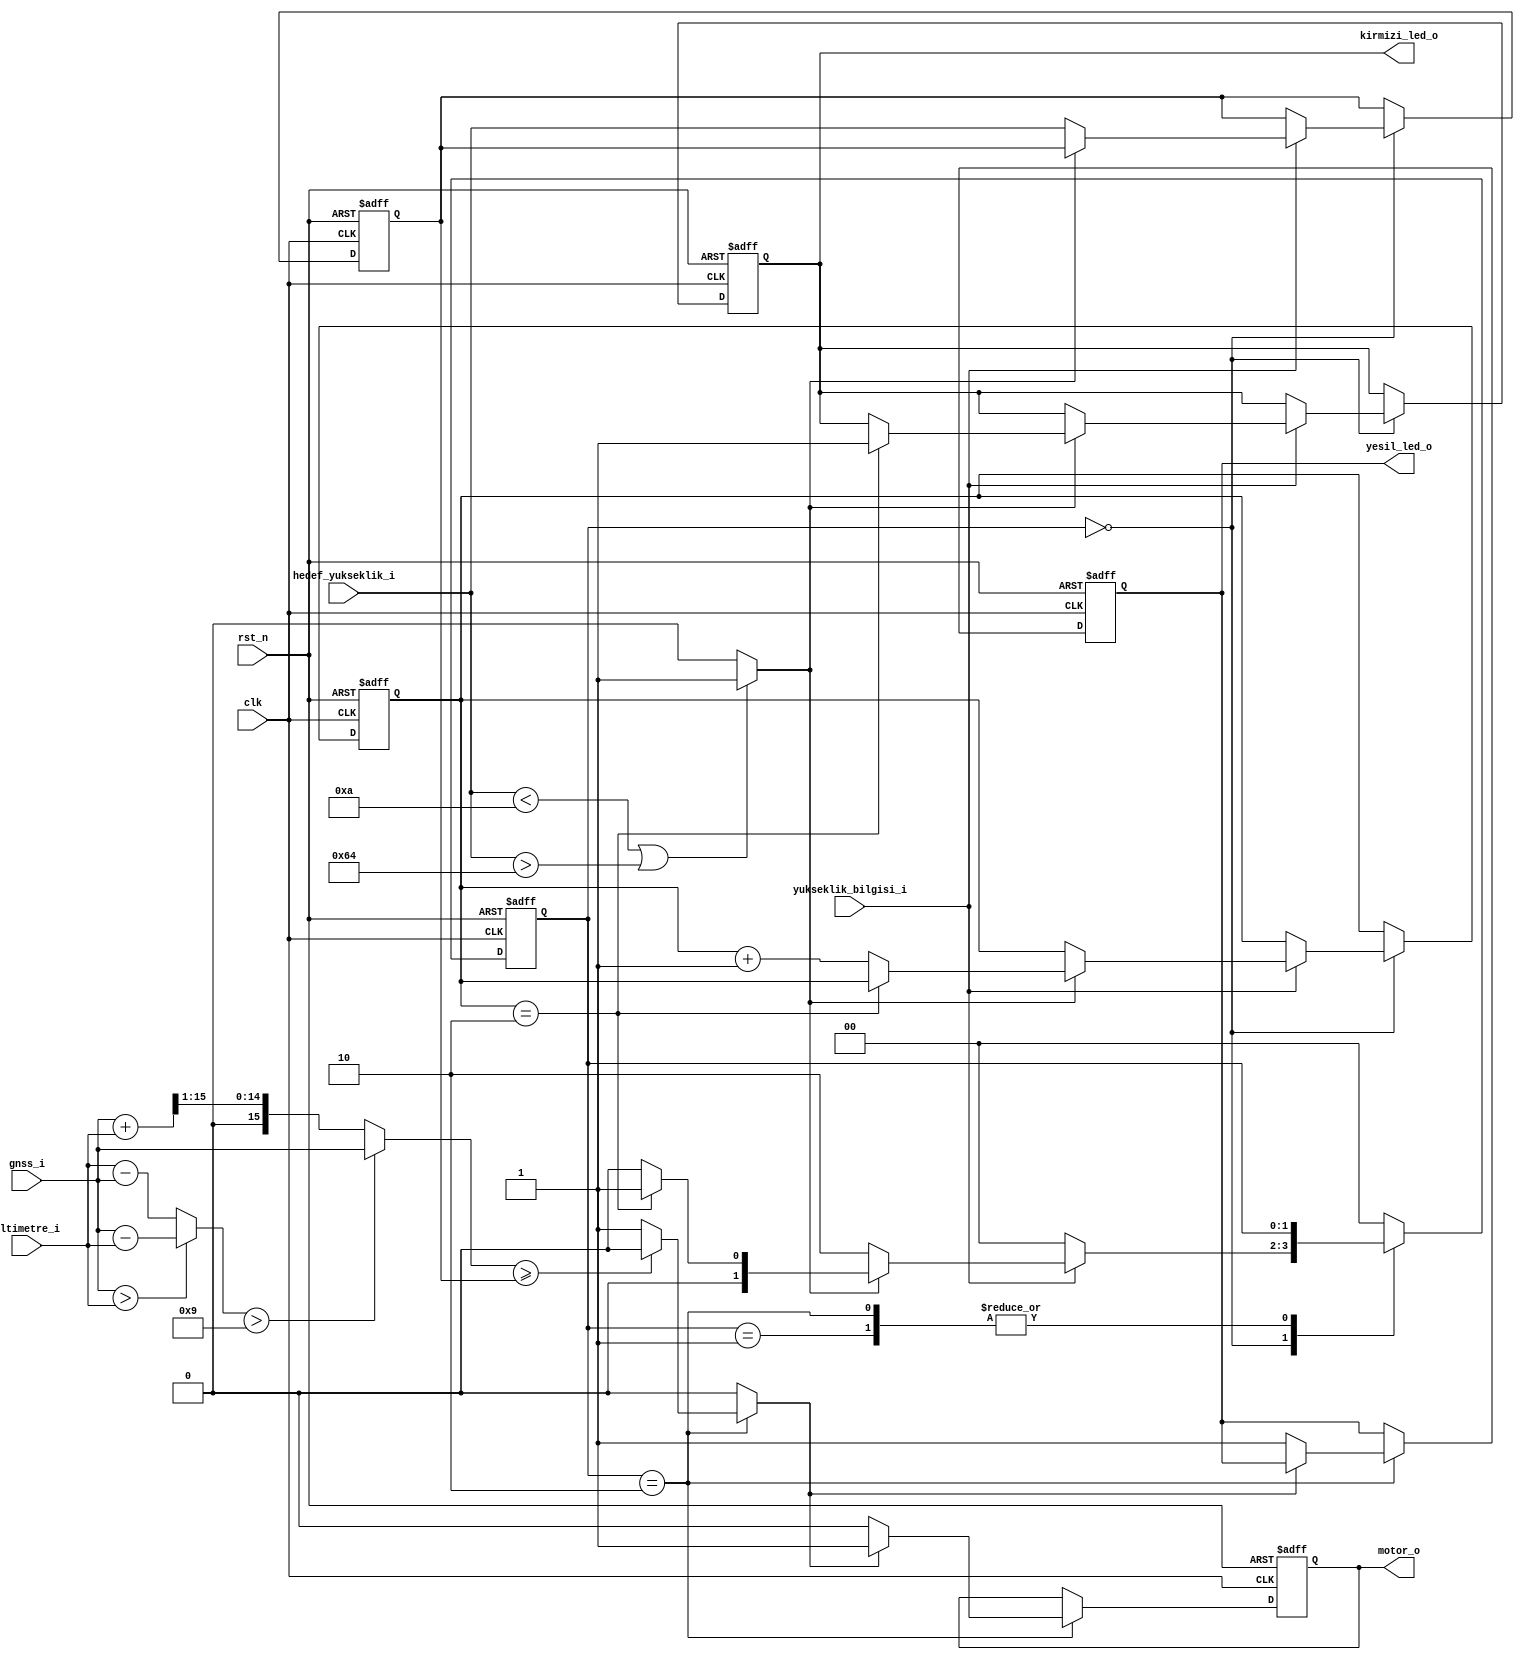
// This program was cloned from: https://github.com/mbaykenar/digital-logic-design
// License: Apache License 2.0

`timescale 1ns / 1ps
//////////////////////////////////////////////////////////////////////////////////
// Company: 
// Engineer: 
// 
// Design Name: 
// Module Name: fsm_otopilot
// Project Name: 
// Target Devices: 
// Tool Versions: 
// Description: 
// 
// Dependencies: 
// 
// Revision:
// Revision 0.01 - File Created
// Additional Comments:
// 
//////////////////////////////////////////////////////////////////////////////////


module fsm_otopilot
(
input clk,
input rst_n,
input [15:0] gnss_i,
input [15:0] altimetre_i,
input [7:0] hedef_yukseklik_i,
input yukseklik_bilgisi_i,
output motor_o,
output yesil_led_o,
output kirmizi_led_o
);

localparam S_YUKSEKLIK_BEKLE    = 2'b00;
localparam S_ACIL_DURUS         = 2'b01;
localparam S_UCUS               = 2'b10;

// combinational assignments
reg hedef_yukseklik_hata;
reg motor_ac;
reg [15:0] sensor_fark;
reg [15:0] sensor_ortalama;

// registers
reg [1:0] state;
reg [1:0] hata_sayaci;
reg [7:0] atanan_yukseklik;
reg yesil_led;
reg kirmizi_led;
reg motor;


always @(*) begin
    if (hedef_yukseklik_i < 10 || hedef_yukseklik_i > 100) begin
        hedef_yukseklik_hata = 1'b1;
    end
    else begin
        hedef_yukseklik_hata = 1'b0;
    end

    if (gnss_i > altimetre_i) begin
        sensor_fark = gnss_i - altimetre_i;    
    end
    else begin
        sensor_fark = altimetre_i - gnss_i;
    end

    if (sensor_fark > 9) begin
        sensor_ortalama     = gnss_i;
    end
    else begin
        sensor_ortalama     = (gnss_i + altimetre_i) >> 1;        
    end
    
    motor_ac = 0;
    if (state == S_UCUS) begin
        if (sensor_ortalama >= atanan_yukseklik) begin
            motor_ac = 1'b0;
        end
        else begin
            motor_ac = 1'b1;
        end
    end

end

always @(posedge clk, negedge rst_n) begin
    if (rst_n == 1'b0) begin
        state               <= S_YUKSEKLIK_BEKLE;
        hata_sayaci         <= 2'b00;
        atanan_yukseklik    <= 8'b00000000;
        yesil_led           <= 1'b0;
        kirmizi_led         <= 1'b0;
        motor               <= 1'b0;
    end
    else begin
        case (state)
            S_YUKSEKLIK_BEKLE : begin
                if (yukseklik_bilgisi_i == 1'b1) begin
                    if (hedef_yukseklik_hata == 1'b0) begin
                        atanan_yukseklik    <= hedef_yukseklik_i;
                        state               <= S_UCUS;
                    end
                    else begin
                        if (hata_sayaci == 2'b10) begin
                            state       <= S_ACIL_DURUS;
                            kirmizi_led <= 1'b1;
                        end
                        else begin
                            hata_sayaci <= hata_sayaci + 2'b01;
                            state       <= S_YUKSEKLIK_BEKLE;
                        end
                    end
                end
                else begin
                    state <= S_YUKSEKLIK_BEKLE;
                end
            end
            S_ACIL_DURUS : begin
                //
            end
            S_UCUS : begin
                if (motor_ac == 1'b1) begin
                   motor        <= 1'b1; 
                end
                else begin
                    motor       <= 1'b0;
                    yesil_led   <= 1'b1;
                end
            end

            default: begin
                state <= S_YUKSEKLIK_BEKLE;
            end
        endcase
    end
end

assign motor_o          = motor;
assign yesil_led_o      = yesil_led;
assign kirmizi_led_o    = kirmizi_led;

endmodule